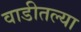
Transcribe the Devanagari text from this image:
वाडीतल्या